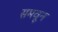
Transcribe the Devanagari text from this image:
समवून